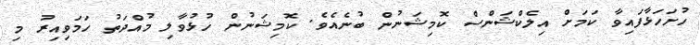
ހުށަހަޅާފައިވާ ކަމަށް އިލެކްޝަންސް ކޮމިޝަނުން ބުނެއެވެ. ކޮމިޝަނުން ހުޅުވާލި މުއްދަތު ހަމަވިއިރު މި